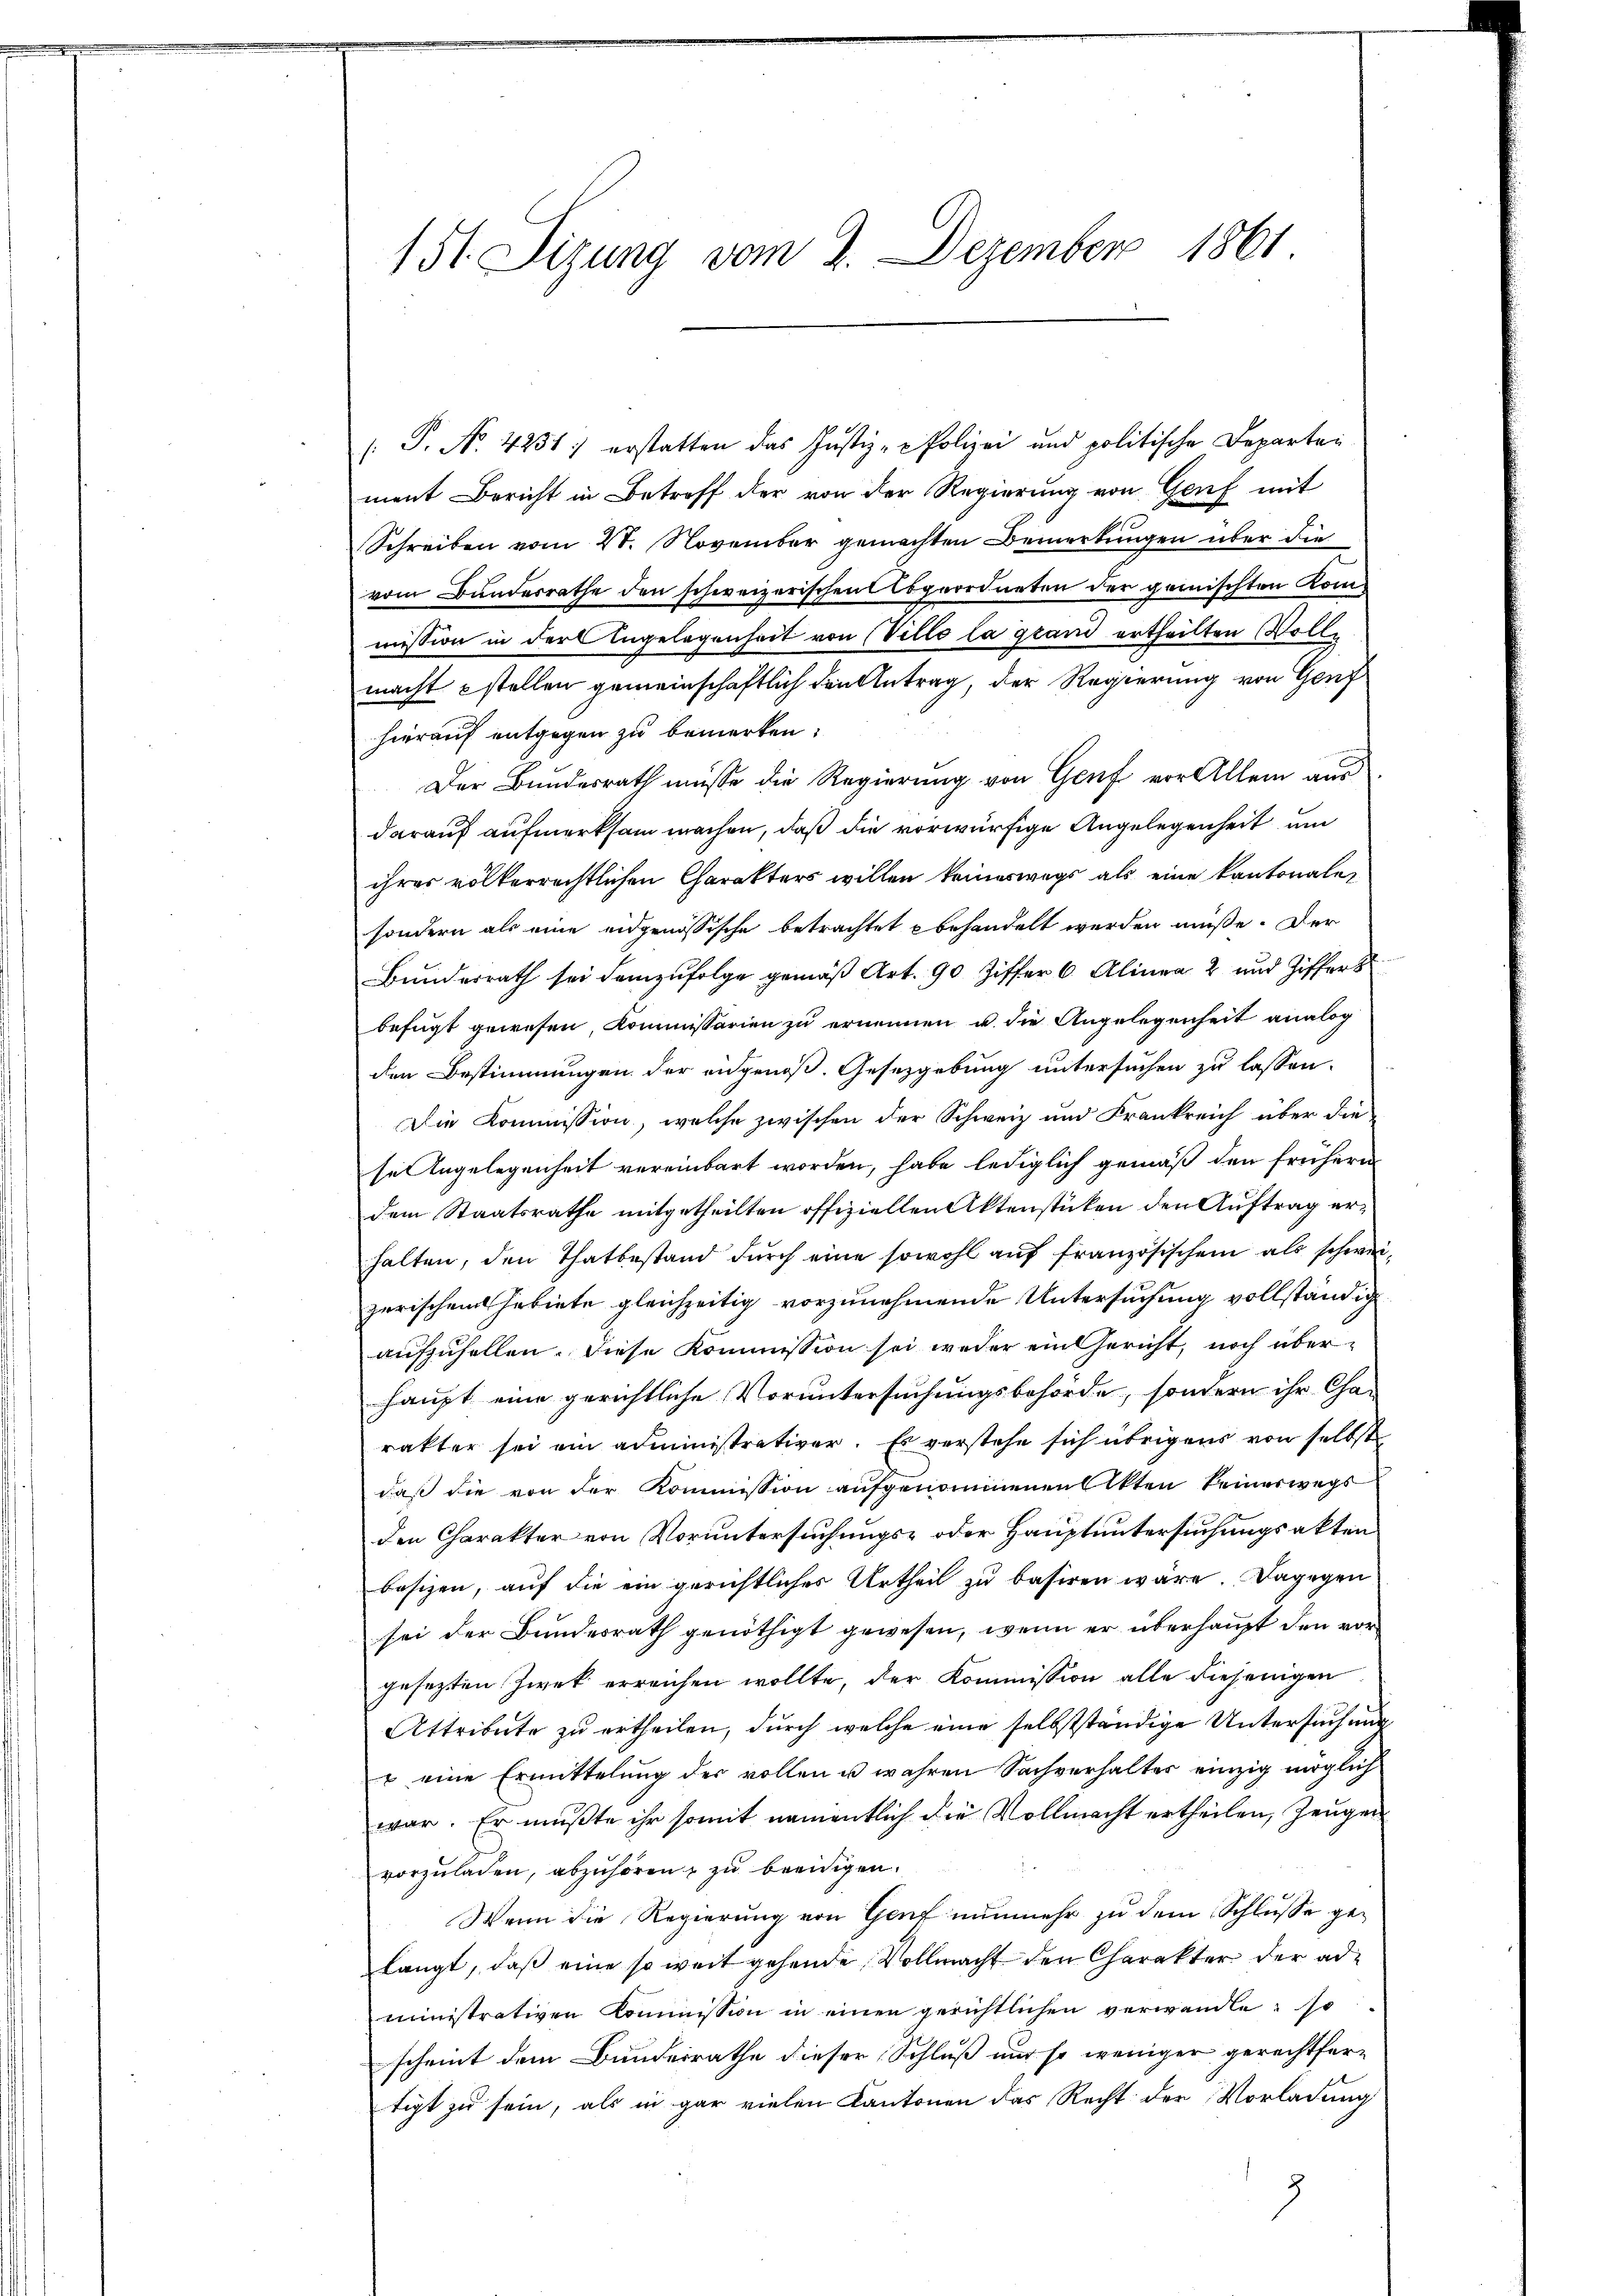
151. Sizung vom 2. Dezember 1861

/S. N. 4251: erstatten das Justiz - Polizei und politische Departei
ment Bericht in Betreff der von der Regierung von Genf mit
Schreiben vom 20. November gemachten Bemerkungen über die
vom Bunderrathe den schweizerischen Abgeordneten der gemischten Kommission in der Engelegenheit von Villo la grand ertheilten Wolle
macht stellen gemeinschaftlich den Antrag, der Regierung von Genf
hierauf entgegen zu bemerken:
Der Bundesrath müsse die Regierung von Genf vor Allem aus
darauf aufmerksam machen, daß die vorwürfige Angelegenheit und
ihres völkerrechtlichen Charakters willen keineswegs als eine kantonale,
sondern als eine eidgenössische betrachtet behandelt werden müße. Der
Bunderrath sei demzufolge gemäß Art. 90 Ziffer 6. Alinea 2 und Ziffer
befugt gewesen, Kommissarien zu erinnen u. die Angelegenheit analog
den Bestimmungen der angenoß. Gesetzgebung untersuchen zu lassen.
Die Kommission, welche zwischen der Schweiz und Frankreich über die
se Angelegenheit vereinbart worden, habe lediglich gemäß den frühern
dem Staatsrathe mitgetheilten offiziellen Aktenstücken den Auftrag erhalten, den Thatbestand durch eine sowohl auf französischen als schweizerischen Gebiete gleichzeitig vorzunehmende Untersuchung vollständig
aufzuhellen. Diese Kommission sei weder ein Gericht, noch überhaupt eine gerichtliche Voruntersuchungsbehörde, sondern ihr Charakter sei ein administrativer. Es verstehe sich übrigens von selbst
daß die von der Kommission aufgenommenen Akten keineswegs
den Charakter von Voruntersuchungs- oder Hauptuntersuchungsakten
besizen, auf die ein gerichtliches Urtheil zu basiren wäre. Dagegen
sei der Bundesrath genöthigt gewesen, wenn er überhaupt den vorgesezten Zwek erreichen wollte, der Kommission alle diejenigen
Attribute zu ertheilen, durch welche eine selbstständige Untersuchung
u eine Ermittelung der vollen u wahren Sachverhaltes einzig möglich
war. Er mußte ihr somit namentlich die Vollmacht ertheilen, Zeugen
vorzŭladen, abzŭhören & zu beeidigen.
Wenn die Regierung von Genf nunmehr zu dem Schlusse gelangt, daß eine so weit gehende Vollmacht den Charakter der ad
ministrativen Kommission in einen gerichtlichen verwandle, so
scheint dem Bunderrathe dieser Schluß und so weniger gerechtfertigt zu sein, als in gar vielen Kantonen das Recht der Vorladung